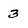
Character: 3